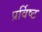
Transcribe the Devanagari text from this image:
प्रर्विष्ट